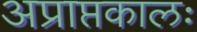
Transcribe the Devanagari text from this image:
अप्राप्तकालः